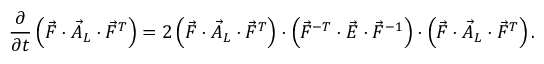
\frac { \partial } { \partial t } \left( \vec { F } \cdot \vec { A } _ { L } \cdot \vec { F } ^ { T } \right) = 2 \left( \vec { F } \cdot \vec { A } _ { L } \cdot \vec { F } ^ { T } \right) \cdot \left( \vec { F } ^ { - T } \cdot \vec { E } \cdot \vec { F } ^ { - 1 } \right) \cdot \left( \vec { F } \cdot \vec { A } _ { L } \cdot \vec { F } ^ { T } \right) .